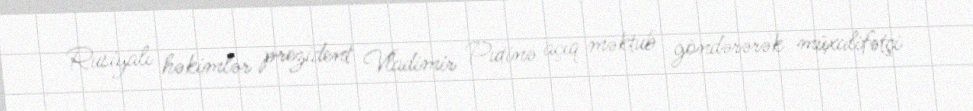
Rusiyalı həkimlər prezident Vladimir Putinə açıq məktub göndərərək müxalifətçi